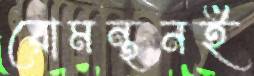
রোমন্থনই